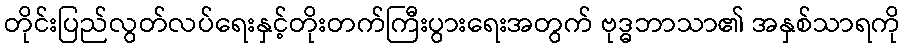
တိုင်းပြည်လွတ်လပ်ရေးနှင့်တိုးတက်ကြီးပွားရေးအတွက် ဗုဒ္ဓဘာသာ၏ အနှစ်သာရကို